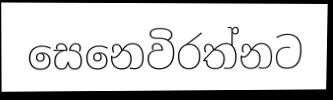
සෙනෙවිරත්නට